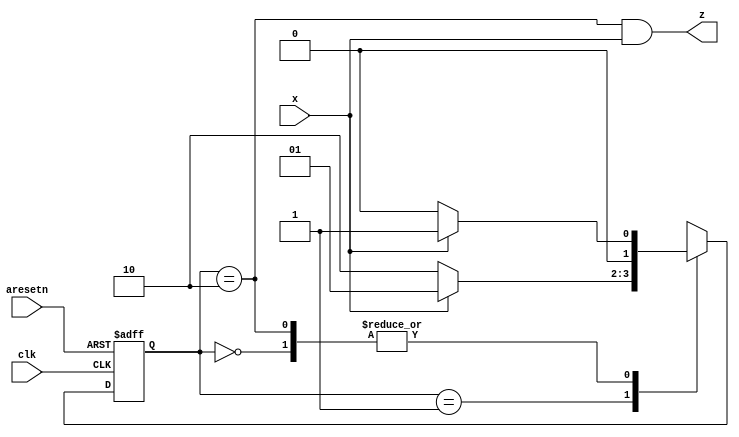
module top_module (
    input clk,
    input aresetn,    // Asynchronous active-low reset
    input x,
    output z ); 

    // Reset assíncrono e transição de estados síncrona
    always @(posedge clk, negedge aresetn)
        if (!aresetn) state <= E;
        else state <= next;
    
    // Nomes dos estados indica o que já foi reconhecido
    parameter E=2'b00, E1=2'b01, E10=2'b10;
    reg [1:0] state, next;    // Certifique-se da largura suficiente para armazenar os estados

    // Circuito combinacional para definir os próximos estados
    always@(*)
        case (state)
            E:   next = x ? E1 : E;
            E1:  next = x ? E1 : E10;
            E10: next = x ? E1 : E;
            default: next = 'x;
        endcase
    
    // Saída combinacional, de acordo com o estado e a entrada
    assign z = (state == E10) & x;
endmodule